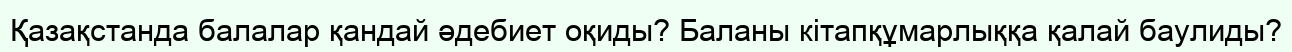
Қазақстанда балалар қандай әдебиет оқиды? Баланы кітапқұмарлыққа қалай баулиды?